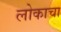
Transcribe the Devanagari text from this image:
लोकाचा